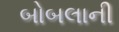
બોબલાની